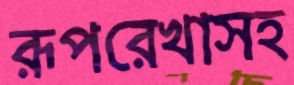
রূপরেখাসহ